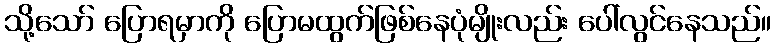
သို့သော် ပြောရမှာကို ပြောမထွက်ဖြစ်နေပုံမျိုးလည်း ပေါ်လွင်နေသည်။